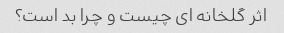
اثر گلخانه ای چیست و چرا بد است؟